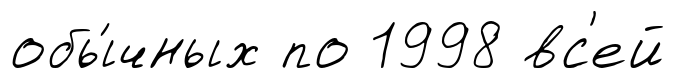
обы́чных по 1998 вс'ей